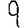
Digit: 9